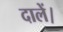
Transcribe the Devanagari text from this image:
दालें।